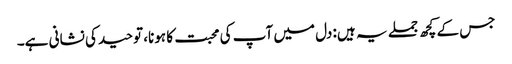
جس کے کچھ جملے یہ ہیں: دل میں آپ کی محبت کا ہونا، توحید کی نشانی ہے۔